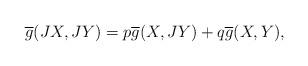
LaTeX: \begin{align*}\overline{g}(JX, JY)=p \overline{g}(X, JY)+q \overline{g}(X, Y),\end{align*}